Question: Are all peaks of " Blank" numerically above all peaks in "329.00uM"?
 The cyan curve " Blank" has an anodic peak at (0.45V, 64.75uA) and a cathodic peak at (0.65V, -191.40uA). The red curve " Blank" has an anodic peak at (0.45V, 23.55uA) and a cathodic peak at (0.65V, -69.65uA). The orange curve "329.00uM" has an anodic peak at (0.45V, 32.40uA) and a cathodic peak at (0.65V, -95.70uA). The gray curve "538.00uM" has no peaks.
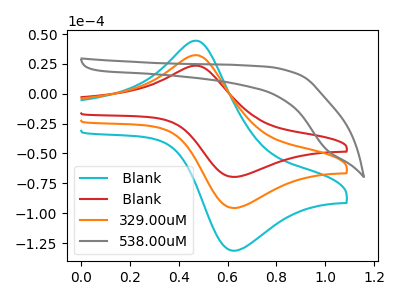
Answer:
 <answer>Every peak in " Blank" is lower than every peak in "329.00uM".</answer>
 <eval>lower</eval>